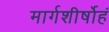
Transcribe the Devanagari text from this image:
मार्गशीर्षोहं